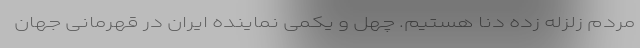
مردم زلزله‌ زده دنا هستیم. چهل و یکمی نماینده ایران در قهرمانی جهان